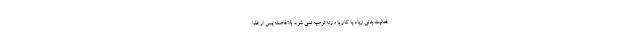
فعالیت بدنی زیاد یا کار با وزنه توصیه نمی شود. بلافاصله پس از غذا